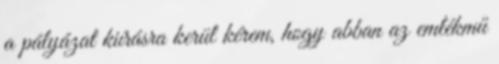
a pályázat kiírásra kerül kérem, hogy abban az emlékmű